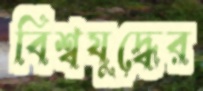
বিশ্বযুদ্ধের